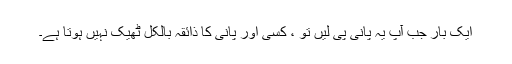
ایک بار جب آپ یہ پانی پی لیں تو ، کسی اور پانی کا ذائقہ بالکل ٹھیک نہیں ہوتا ہے۔